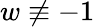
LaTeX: w\not\equiv-1